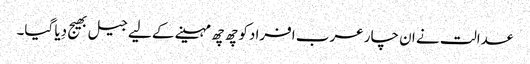
عدالت نے ان چار عرب افرادکو چھ چھ مہینے کے لیے جیل بھیج دِیا گیا۔